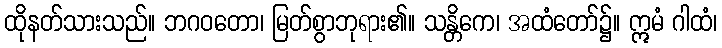
ထိုနတ်သားသည်။ ဘဂဝတော၊ မြတ်စွာဘုရား၏။ သန္တိကေ၊ အထံတော်၌။ ဣမံ ဂါထံ၊